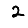
Digit: 2